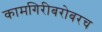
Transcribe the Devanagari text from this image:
कामगिरीबरोबरच